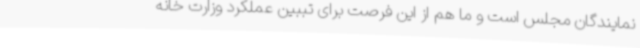
نمایندگان مجلس است و ما هم از این فرصت برای تببین عملکرد وزارت خانه